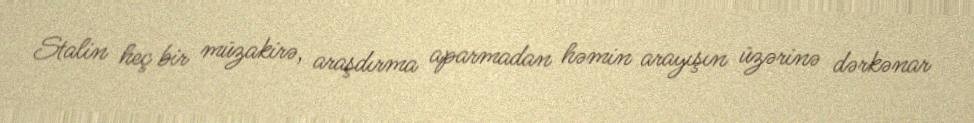
Stalin heç bir müzakirə, araşdırma aparmadan həmin arayışın üzərinə dərkənar